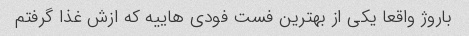
باروژ واقعا یکی از بهترین فست فودی هاییه که ازش غذا گرفتم